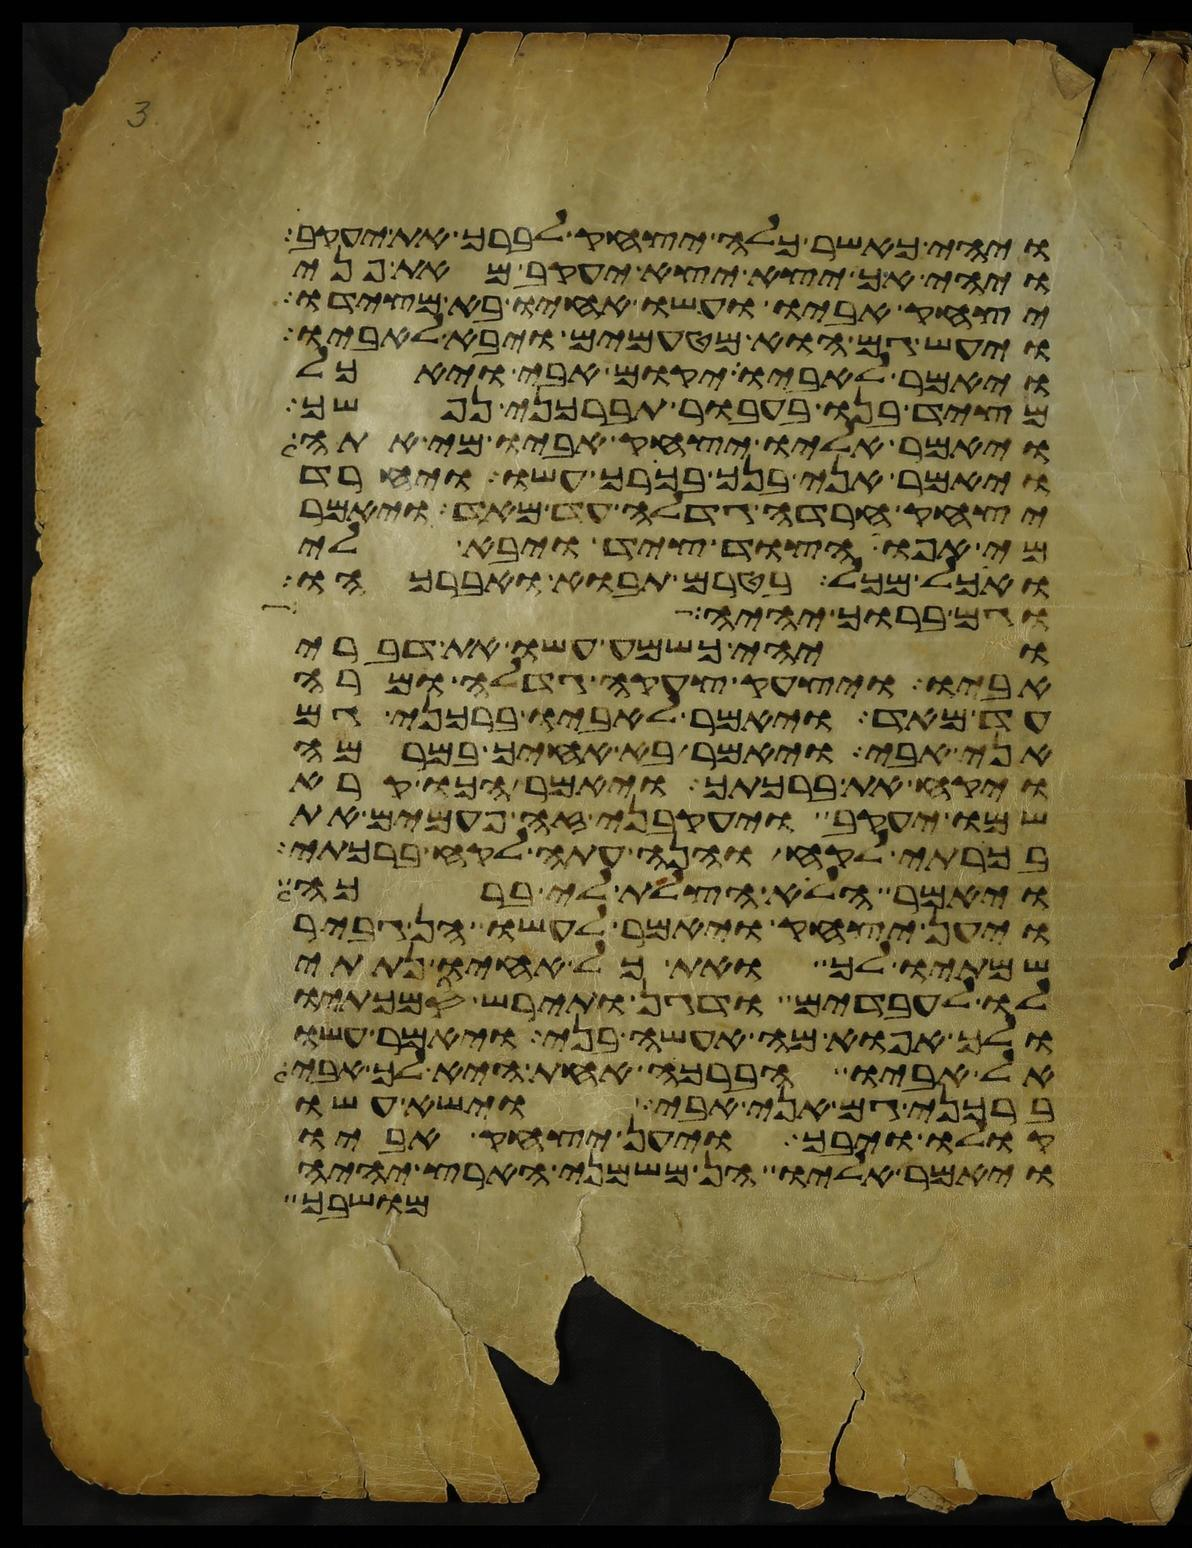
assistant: ויהי כאשר כלה יצחק לברך את יעקב
ויהי אך יצא יצא יעקב מאת פני
יצחק אביו ועשו אחיו בא מצידו
ויעש גם הוא מטעמים ויבא לאביו
ויאמר לאביו יקום אבי ויאכל
מציד בנו בעבור תברכני נפשך
ויאמר אליו יצחק אביו מי אתה
ויאמר אני בנך בכרך עשו ויחרד
יצחק חרדה גדלה עד מאד ויאמר
מי אפו הצד ציד ויבא לי
ואכל מכל בטרם תבוא ואברכהו
וגם ברוך יהיה
ויהי כשמע עשו את דברי
אביו ויצעק צעקה גדלה ומרה
עד מאד ויאמר לאביו ברכני גם
אני אבי ויאמר בא אחיך במרמה
ויקח את ברכתך ויאמר הכו קרא
שמו יעקב ויעקבני זה פעמים את
בכרתי לקח והנה עתה לקח ברכתי
ויאמר הלא הצלת לי ברכה
ויען יצחק ויאמר לעשו הן גביר
שמתיו לך ואת כל אחיו נתתי
לו לעבדים ודגן ותירש סמכתיו
ולך אפוא מה אעשה בני ויאמר עשו
אל אביו הברכה אחת היא לך אבי
ברכני גם אני אבי וישא עשו
קולו ויבך ויען יצחק אביו
ויאמר אליו הן משמני הארץ יהיה
מושבך